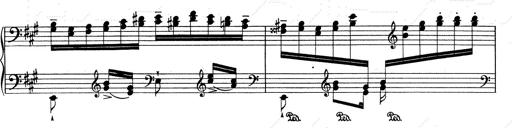
Title: RÃ©miniscences de Don Juan
Composer: Franz Liszt